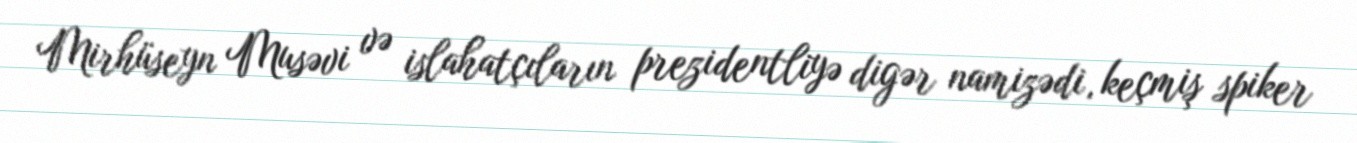
Mirhüseyn Musəvi və islahatçıların prezidentliyə digər namizədi, keçmiş spiker